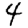
Digit: 4